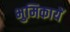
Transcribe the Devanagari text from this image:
भुमिकायें